Vaccination North-Western Provinces 1866-1877 - 1866-1877
Year: 1866
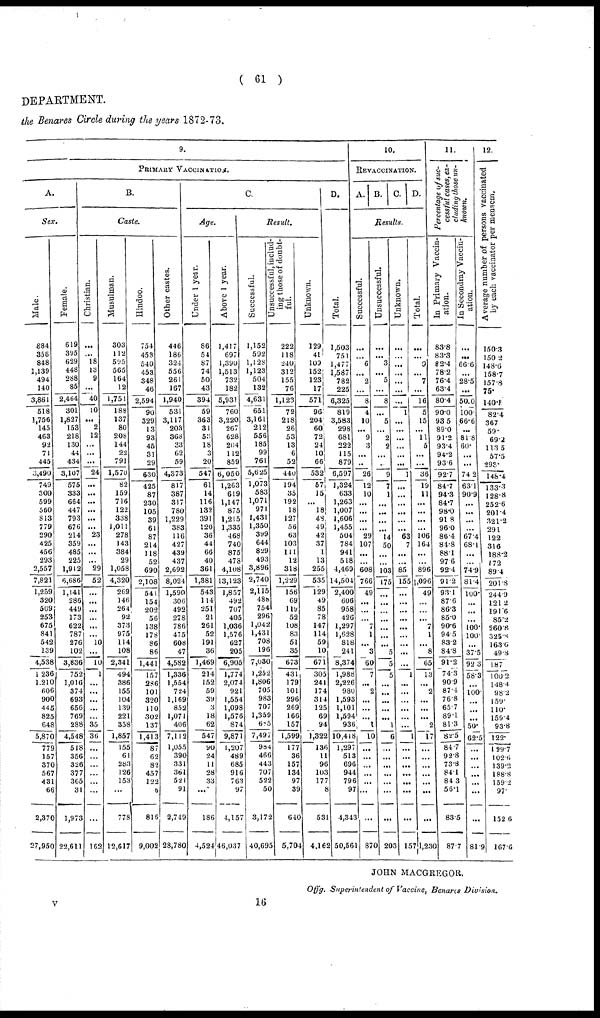
( 61 )
DEPARTMENT.
the Benares Circle during the years 1872-73.
9.
PRIMARY VACCINATION.
A.
Sex.
Male.
884
358
848
1,139
494
140
3,861
518
1,756
145
463
92
71
445
3,490
749
300
599
560
813
779
290
425
456
293
2,557
7,821
1,259
320
509
253
675
841
542
139
4,538
1,236
1.210
606
900
445
825
648
5,870
779
157
370
567
431
66
2,370
27,950
Female.
619
395
629
448
268
85
2,464
301
1,827
153
218
130
44
434
3,107
575
333
664
447
793
676
214
359
485
225
1,912
6,686
1,141
286
449
173
622
787
276
102
3,836
752
1,016
374
692
656
769
288
4,548
518
356
326
377
365
3
1,973
22,611
B.
Caste.
Christian.
...
... 18
13
9
...
40
10
...
2
12
...
...
...
24
...
...
...
...
...
...
23
...
...
...
29
52
...
...
...
...
...
...
10
...
10
1
...
...
...
...
...
35
36
...
...
...
...
...
...
...
162
Musulman.
303
112
595
565
164
12
1,751
188
137
80
208
144
22
791
1,570
82
159
716
122
338
1,011
278
143
384
29
1,058
4,320
269
146
264
92
373
975
114
108
2,341
494
386
155
104
139
221
358
1,857
155
61
283
126
153
...
778
12,617
Hindoo.
754
453
540
453
348
46
2,594
90
329
13
93
46
31
29
630
425
87
230
105
39
61
87
214
118
52
690
2,108
541
154
202
56
138
178
86
86
1,441
157
286
101
320
110
302
137
1,413
87
62
82
457
122
6
816
9,002
Other castes.
446
186
324
556
261
167
1,940
531
3,117
203
363
33
62
59
4,373
817
387
317
780
1,229
383
116
427
439
437
2,692
8,024
1,590
306
492
278
786
475
608
47
4,582
1,336
1,554
724
1,169
852
1,071
406
7,112
l,055
390
331
361
521
91
2,749
28,780
C.
Age.
Under 1 year.
86
54
87
74
50
43
394
59
363
31
53
18
3
20
547
61
14
116
132
391
120
36
44
66
40
361
1,381
543
114
251
21
261
52
191
36
1,469
214
152
59
39
3
18
62
547
90
24
11
28
32
...
186
4,524
Above 1 year.
1,417
697
1,390
1,513
732
182
5,931
760
3,220
267
628
204
112
859
6,050
1,263
619
1,147
875
1,215
1,335
468
740
875
478
4,108
13,123
1,857
492
707
405
1,036
1,576
627
205
6,905
1,774
2,074
921
1,554
1,098
1,576
874
9,871
1,207
489
685
916
763
97
4,157
46,037
Result.
Successful.
1,152
592
1,128
1,123
504
132
4,631
651
3,161
212
556
185
99
761
5,625
1,073
583
1,071
971
1,431
1,350
399
644
829
493
3,896
2,740
2,115
488
754
296
1,042
1,431
708
196
7,030
1,252
1,806
705
983
707
1,359
685
7,497
984
466
443
707
522
50
3,172
40,695
unsuccessful, includ-
ing those of doubt-
ful.
222
118
240
312
155
76
1,123
72
218
26
53
13
6
52
440
194
35
192
18
127
56
63
103
111
12
318
1,229
156
69
119
52
108
83
51
35
673
431
179
101
296
269
166
157
1,599
177
36
157
134
97
39
640
5,704
Unknown.
129
41
109
152
123
17
571
96
204
60
72
24
10
66
532
57
15
...
18
48
49
42
37
1
13
255
535
129
49
85
78
147
114
59
10
671
305
241
174
314
125
69
94
1,322
136
11
96
103
171
8
531
4,162
D.
Total.
1,503
751
1,477
1,587
782
225
6,325
819
3,583
298
681
222
115
879
6,597
1,324
633
1,263
1,007
1,606
1,455
504
784
941
518
4,469
14,504
2,400
606
958
426
1,297
1,628
818
241
8,374
l,988
2,22t
980
1,593
1,101
1,594
936
10,418
1,297
513
696
944
796
97
4,343
50,561
10.
REVACCINATION.
A. B. C. D.
Results.
Successful.
...
...
6
...
2
...
8
4
10
...
9
3
...
..
26
12
10
...
...
...
...
29
107
...
...
608
766
49
...
...
...
...
1
...
3
60
7
...
2
...
...
...
1
10
...
...
...
...
...
...
...
870
Unsuccessful.
...
... 3
...
5
...
8
...
5
...
2
2
...
..
9
7
1
...
...
...
...
14
50
...
...
103
175
...
...
...
...
...
...
...
5
5
5
...
...
...
...
...
1
6
...
...
...
...
...
...
...
203
Unknown.
...
...
...
...
...
...
...
1
...
...
...
...
...
...
1
...
...
...
...
...
...
63
7
...
...
85
155
...
...
...
...
...
...
...
...
...
1
...
...
...
...
...
...
1
...
...
...
...
...
...
...
157
Total.
...
...
9
...
7
...
16
5
15
...
11
5
...
...
36
19
11
...
...
...
...
106
164
...
...
896
1,096
49
...
...
...
7
1
...
8
65
13
...
2
...
...
...
2
17
...
...
...
...
...
...
...
1,230
11.
Percentage of suc-
cessful cases, ex-
cluding those un-
known.
In Primary Vaccin-
ation.
83.8
83.3
82.4
78.2
76.4
63.4
80.4
90.0
93.5
89.0
91.2
93.4
94.2
93.6
92.7
84.7
94.3
84.7
98.0
91.8
96.0
86.4
84.8
88.1
97.6
92.4
91.2
93.1
87.6
86.3
85.0
90.6
94.5
83.2
84.8
91.2
74.3
90.9
87.4
76.8
65.7
89.1
81.3
82.5
84.7
92.8
73.8
84.1
84.3
56.1
83.5
87.7
In Secondary Vaccin-
ation.
...
...
66.6
...
28.5
...
50.0
100.
66.6
...
81.8
60.
...
...
74.2
63.1
90.9
...
...
...
...
67.4
68.1
...
...
74.9
81.4
100.
...
...
...
100.
100.
...
37.5
92.3
58.3
...
100.
...
...
...
50.
62.5
...
...
...
...
...
...
...
81.9
12.
Average number of persons vaccinated
by each vaccinator per mensem.
150.3
150.2
148.6
158.7
157.3
75.
140.1
82.4
367
59.
69.2
113.5
57.5
293.
148.4
133.3
128.8
252.6
201.4
321.2
291
122
316
188.2
172
89.4
201.8
244.9
121.2
191.6
85.2
260.8
325.8
163.6
49.8
187
100.2
148.4
98.2
159.
110.
155.4
93.8
122.
129.7
102.6
139.2
188.8
159.2
97.
152.6
167.6
JOHN MACGREGOR.
Offg. Superintendent of Vaccine, Benares Division.
v
16